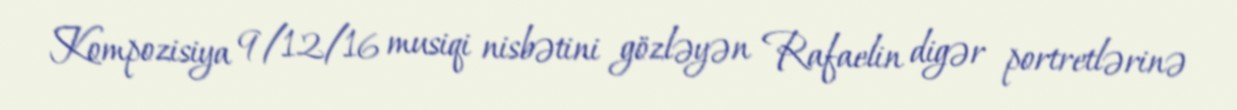
Kompozisiya 9/12/16 musiqi nisbətini gözləyən Rafaelin digər portretlərinə